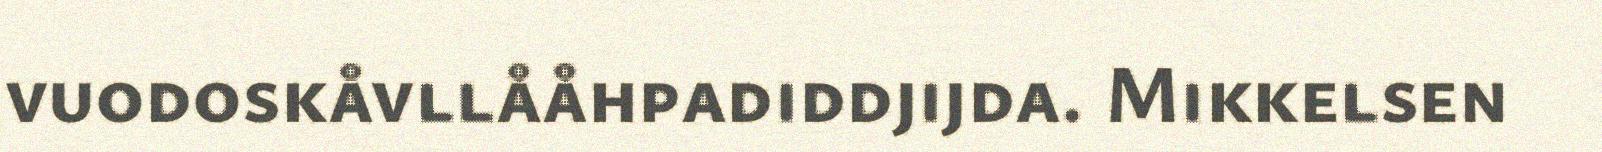
vuodoskåvllååhpadiddjijda. Mikkelsen